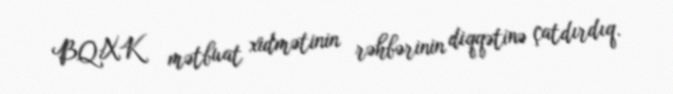
BQXK mətbuat xidmətinin rəhbərinin diqqətinə çatdırdıq.